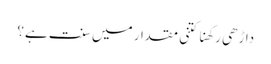
داڑھی رکھنا کتنی مقدار میں سنت ہے؟